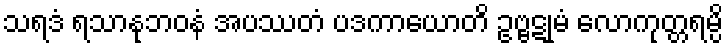
သရဒံ ရသာနုဘဝနံ အပဿတံ ပဒကာယောတိ ဥဗ္ဗဋုမံ လောကုတ္တရမ္ပိ